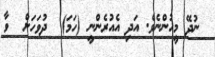
ނުދޭ މީހުންނެވެ. އަދި އެއުރެންނީ (ހަމަ)  ދުވަހަށް  ވާ